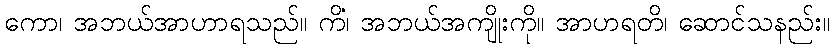
ကော၊ အဘယ်အာဟာရသည်။ ကိံ၊ အဘယ်အကျိုးကို။ အာဟရတိ၊ ဆောင်သနည်း။